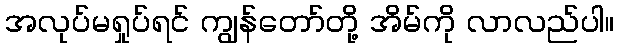
အလုပ်မရှုပ်ရင် ကျွန်တော်တို့ အိမ်ကို လာလည်ပါ။